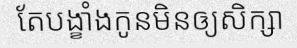
តែបង្ខាំងកូនមិនឲ្យសិក្សា